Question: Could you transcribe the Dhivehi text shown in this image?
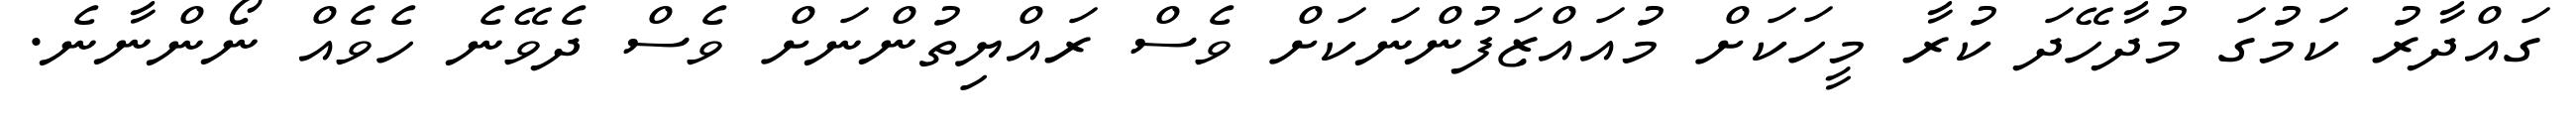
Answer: ގައްދާރު ކަމުގަ މުދާހޭދަ ކުރާ މީހަކަށް މުއައްޒަފުންނަކަށް ވެސް ރައްޔިތުންނަށް ވެސް ދެވޭނެ ހެވެއް ނޯންނާނެ.